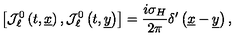
\left[ { \mathcal J } _ { \ell } ^ { 0 } \left( t , \underline { { x } } \right) , { \mathcal J } _ { \ell } ^ { 0 } \left( t , \underline { { y } } \right) \right] = \frac { i \sigma _ { H } } { 2 \pi } \delta ^ { \prime } \left( \underline { { x } } - \underline { { y } } \right) ,